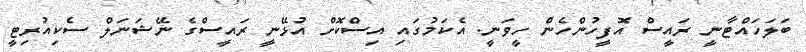
ބަލަހައްޓާނީ ރައީސް އޮފީހުންހެން ހީވަނީ. އެކަމުގައި އިސްކޮށް އުޅޭނީ ރައީސްގެ ނޭޝަނަލް ސެކިއުރިޓީ